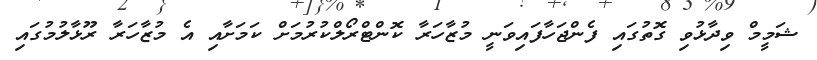
ޝަމީމް ވިދާޅުވި ގޮތުގައި ފެންޖަހާފައިވަނީ މުޒާހަރާ ކޮންޓްރޯލްކުރުމަށް ކަމަށާއި އެ މުޒާހަރާ ރޫޅާލުމުގައި